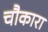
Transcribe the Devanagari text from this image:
चौकारा